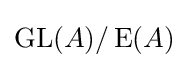
\operatorname {GL} (A)/\operatorname {E} (A)